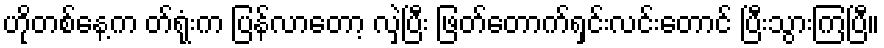
ဟိုတစ်နေ့က တ်ရုံးက ပြန်လာတော့ လှဲပြီး ဖြတ်တောက်ရှင်းလင်းတောင် ပြီးသွားကြပြီ။